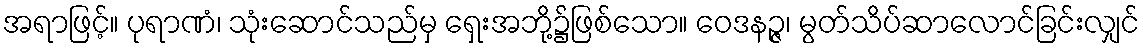
အရာဖြင့်။ ပုရာဏံ၊ သုံးဆောင်သည်မှ ရှေးအဘို့၌ဖြစ်သော။ ဝေဒနဉ္ဇ၊ မွတ်သိပ်ဆာလောင်ခြင်းလျှင်